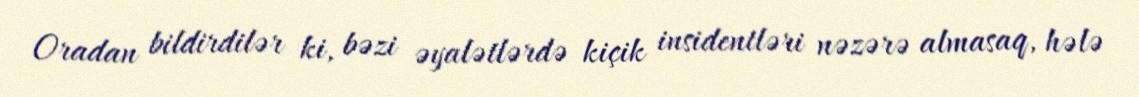
Oradan bildirdilər ki, bəzi əyalətlərdə kiçik insidentləri nəzərə almasaq, hələ